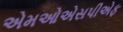
એમઓએસપીએફ